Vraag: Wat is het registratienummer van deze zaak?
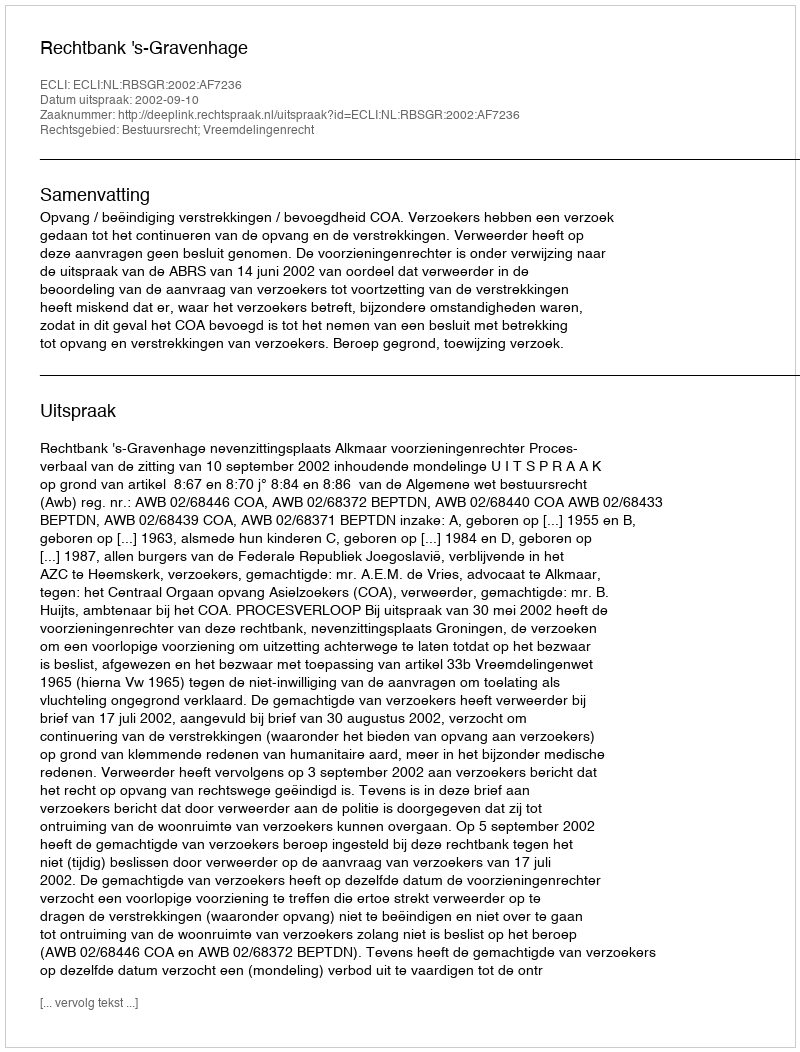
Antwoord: http://deeplink.rechtspraak.nl/uitspraak?id=ECLI:NL:RBSGR:2002:AF7236